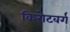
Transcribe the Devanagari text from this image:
किरोटवर्ग